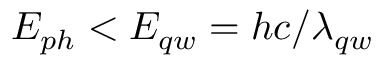
E _ { p h } < E _ { q w } = h c / \lambda _ { q w }